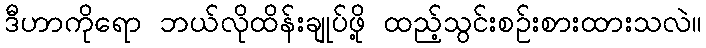
ဒီဟာကိုရော ဘယ်လိုထိန်းချုပ်ဖို့ ထည့်သွင်းစဉ်းစားထားသလဲ။